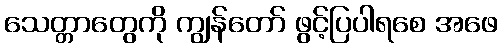
သေတ္တာတွေကို ကျွန်တော် ဖွင့်ပြပါရစေ အဖေ